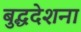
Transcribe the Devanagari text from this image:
बुद्धदेशना